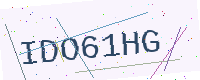
Text: IDO61HG